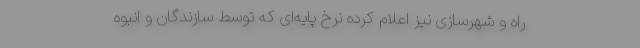
راه و شهرسازی نیز اعلام کرده نرخ پایه‌ای که توسط سازندگان و انبوه